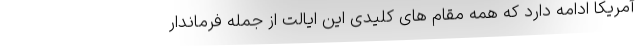
آمریکا ادامه دارد که همه مقام های کلیدی این ایالت از جمله فرماندار